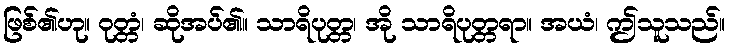
ဖြစ်၏ဟု။ ဝုတ္တံ၊ ဆိုအပ်၏။ သာရိပုတ္တ၊ အို သာရိပုတ္တရာ။ အယံ၊ ဤသူသည်။